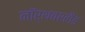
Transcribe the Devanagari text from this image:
नॉर्थबरलैंड